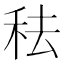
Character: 𥞋